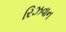
રિઝવાન